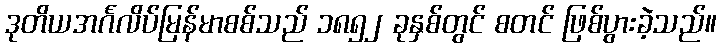
ဒုတိယအင်္ဂလိပ်မြန်မာစစ်သည် ၁၈၅၂ ခုနှစ်တွင် စတင် ဖြစ်ပွားခဲ့သည်။